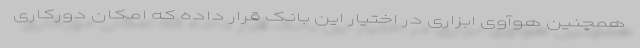
همچنین هوآوی ابزاری در اختیار این بانک قرار داده که امکان دورکاری